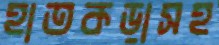
হাতকড়াসহ